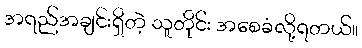
အရည်အချင်းရှိတဲ့ သူတိုင်း အစေခံလို့ရတယ်။